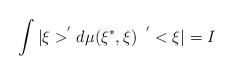
LaTeX: \begin{align*}\int |\xi >^{^{\prime }}d\mu (\xi ^{*},\xi ) \;\; ^{^{\prime }}<\xi |=I\end{align*}